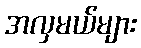
အလှမယ်များ